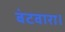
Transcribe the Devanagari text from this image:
बंटवारा।